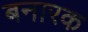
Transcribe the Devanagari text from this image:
बनारक